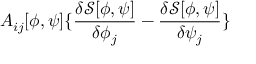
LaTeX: A _ { i j } [ \phi , \psi ] \{ \frac { \delta { \mathcal { S } } [ \phi , \psi ] } { \delta \phi _ { j } } - \frac { \delta { \mathcal { S } } [ \phi , \psi ] } { \delta \psi _ { j } } \}